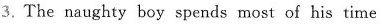
3. The naughty boy spends most of his time